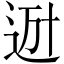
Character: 𨒒